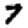
Digit: 7